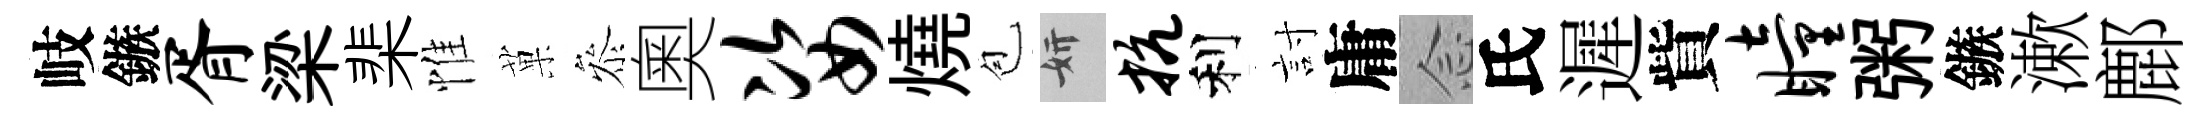
岐鏃胥梁棐惟菓叅奧姿燒苞妍抗利討庸𫝹氏遲貲瞳粥鏃漱鄜